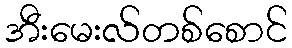
အီးမေးလ်တစ်စောင်